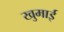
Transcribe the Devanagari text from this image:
खुमाई